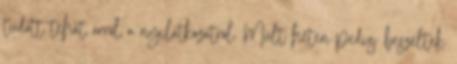
tudott tehát arról a nyilatkozatról. Múlt héten pedig beszéltek